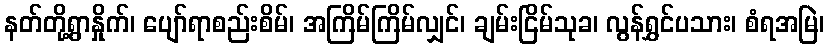
နတ်တို့ရွာနှိုက်၊ ပျော်ရာစည်းစိမ်၊ အကြိမ်ကြိမ်လျှင်၊ ချမ်းငြိမ်သုခ၊ လွန်ရွှင်ပသား၊ စံရအမြဲ၊